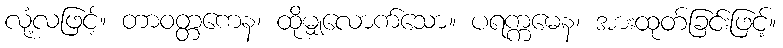
လုံ့လဖြင့်။ တာဝတ္တကေန၊ ထိုမျှလောက်သော။ ပရက္ကမေန၊ အားထုတ်ခြင်းဖြင့်။